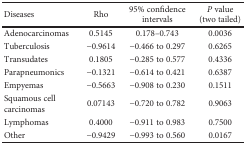
<table><thead><tr><td><b>Diseases</b></td><td><b>Rho</b></td><td><b>95% confidence intervals</b></td><td><b><i>P</i> value (two tailed)</b></td></tr></thead><tbody><tr><td>Adenocarcinomas</td><td>0.5145</td><td>0.178–0.743</td><td>0.0036</td></tr><tr><td>Tuberculosis</td><td>−0.9614</td><td>−0.466 to 0.297</td><td>0.6265</td></tr><tr><td>Transudates</td><td>0.1805</td><td>−0.285 to 0.577</td><td>0.4336</td></tr><tr><td>Parapneumonics</td><td>−0.1321</td><td>−0.614 to 0.421</td><td>0.6387</td></tr><tr><td>Empyemas</td><td>−0.5663</td><td>−0.908 to 0.230</td><td>0.1511</td></tr><tr><td>Squamous cell carcinomas</td><td>0.07143</td><td>−0.720 to 0.782</td><td>0.9063</td></tr><tr><td>Lymphomas</td><td>0.4000</td><td>−0.911 to 0.983</td><td>0.7500</td></tr><tr><td>Other</td><td>−0.9429</td><td>−0.993 to 0.560</td><td>0.0167</td></tr></tbody></table>